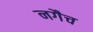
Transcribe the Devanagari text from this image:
नगैच